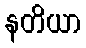
နတိယာ